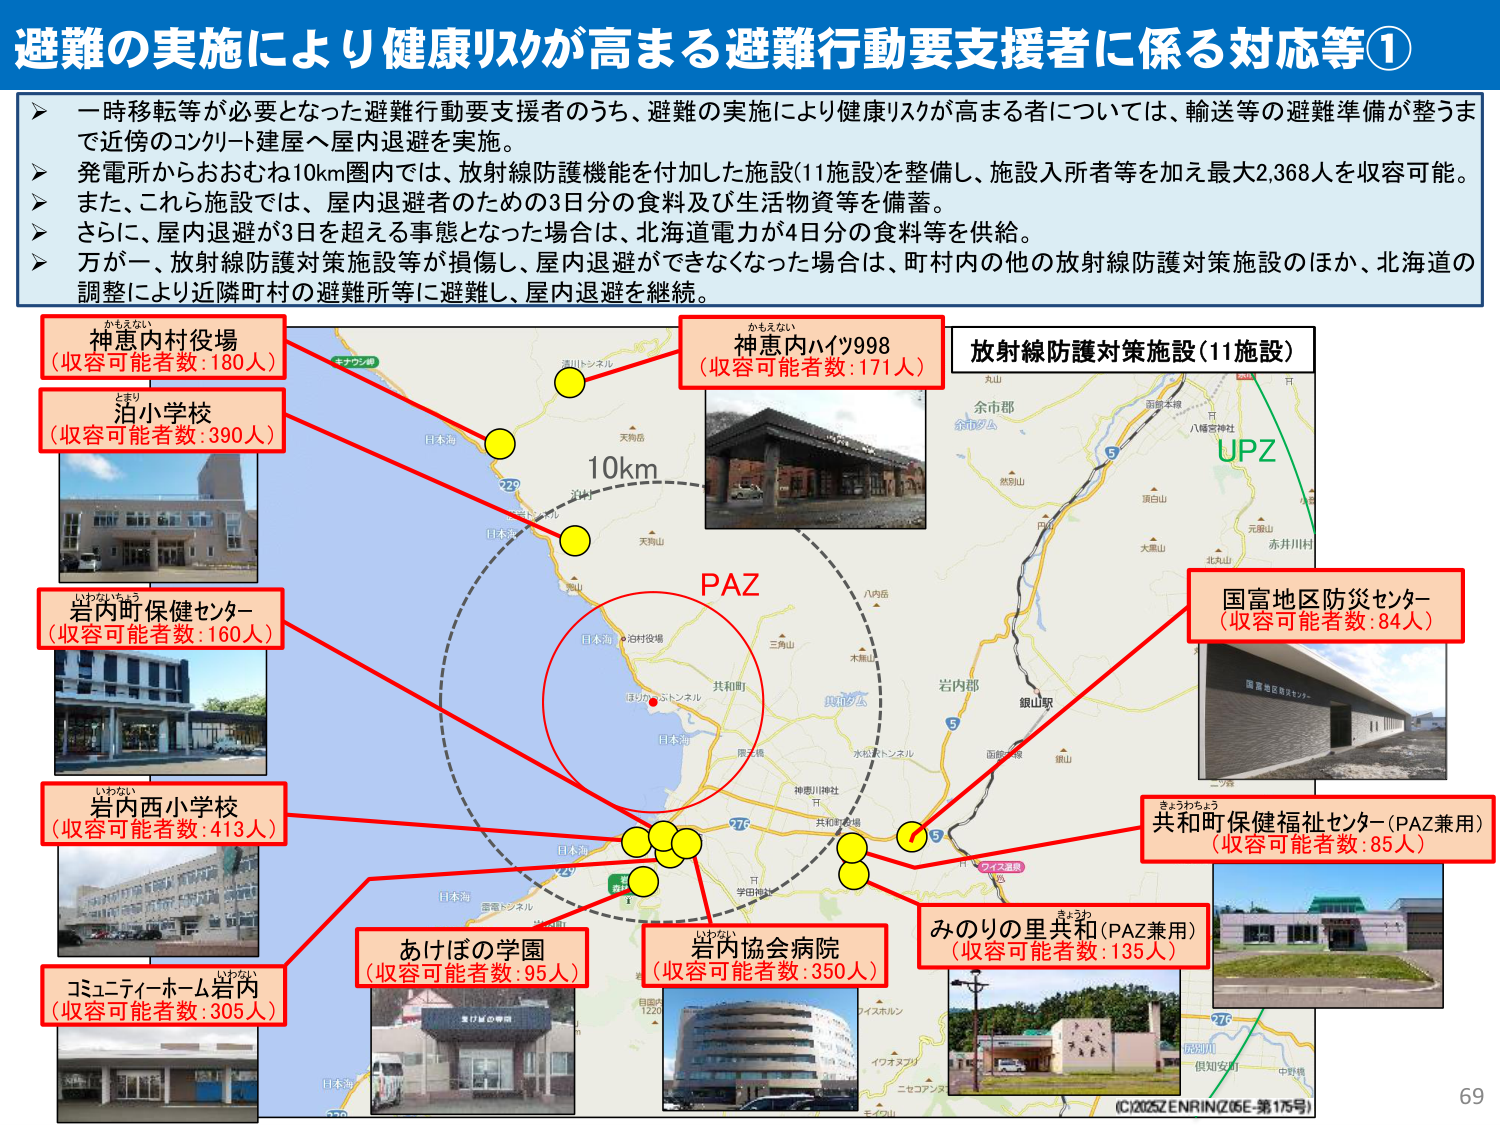
避難の実施により健康リスクが高まる避難行動要支援者に係る対応等①

一時移転等が必要となった避難行動要支援者のうち、避難の実施により健康リスクが高まる者については、輸送等の避難準備が整うま
で近傍のコンクリート建屋へ屋内退避を実施。

発電所からおおむね10km圏内では、放射線防護機能を付加した施設(11施設)を整備し、施設入所者等を加え最大2,368人を収容可能。

また、これら施設では、屋内退避者のための3日分の食料及び生活物資等を備蓄。

さらに、屋内退避が3日を超える事態となった場合は、北海道電力が4日分の食料等を供給。

万が一、放射線防護対策施設等が損傷し、屋内退避ができなくなった場合は、町村内の他の放射線防護対策施設のほか、北海道の
調整により近隣町村の避難所等に避難し、屋内退避を継続。

かもえない
神恵内村役場
(収容可能者数:180人)

とまり
泊小学校
(収容可能者数:390人)

いやないちょう
岩内町保健センター
(収容可能者数:160人)

いやない
岩内西小学校
(収容可能者数:413人)

いわない
コミュニティーホーム岩内
(収容可能者数:305人)

かもえない
神恵内ハイツ998
(収容可能者数:171人)

放射線防護対策施設(11施設)

UPZ

国富地区防災センター
(収容可能者数:84人)

きょうわちょう
共和町保健福祉センター(PAZ兼用)
(収容可能者数:85人)

みのりの里共和(PAZ兼用)
(収容可能者数:135人)

あけぼの学園
(収容可能者数:95人)

岩内協会病院
(収容可能者数:350人)

PAZ

10km

(C)2025ZENRIN(Z05E-第175号)

69